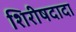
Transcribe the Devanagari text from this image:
शिरीषदादा